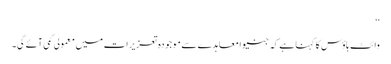
‘‘
وائٹ ہاؤس کا کہنا ہے کہ جنیوا معاہدے سے موجودہ تعزیرات میں معمولی کمی آئے گی۔